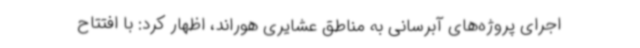
اجرای پروژه‌های آبرسانی به مناطق عشایری هوراند، اظهار کرد: با افتتاح